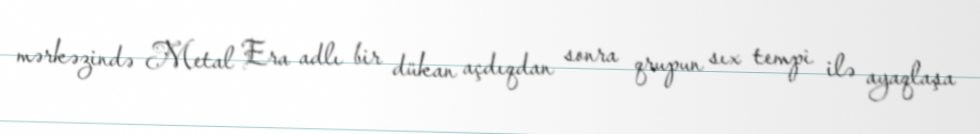
mərkəzində Metal Era adlı bir dükan açdıqdan sonra qrupun sıx tempi ilə ayaqlaşa